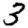
Digit: 3